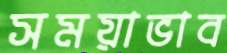
সময়াভাব